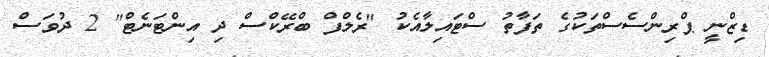
ޑިޒްނީ ޕްރިންސެސްތަކުގެ ތަފާތު ސްޓައިލާއެކު "ރެލްފް ބްރޭކްސް ދި އިންޓަނެޓް" 2 ދުވަސް